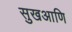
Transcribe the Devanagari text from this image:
सुखआणि